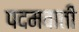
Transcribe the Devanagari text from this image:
पदमवाती